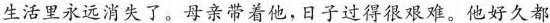
生活里永远消失了。目前带着他，日子过得很艰难。他好久都